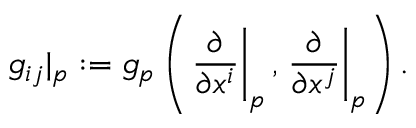
g _ { i j } | _ { p } : = g _ { p } \left( \left. { \frac { \partial } { \partial x ^ { i } } } \right| _ { p } , \left. { \frac { \partial } { \partial x ^ { j } } } \right| _ { p } \right) .